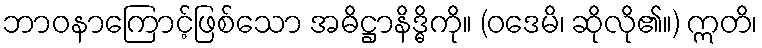
ဘာဝနာကြောင့်ဖြစ်သော အဓိဋ္ဌာနိဒ္ဓိကို။ (ဝဒေမိ၊ ဆိုလို၏။) ဣတိ၊